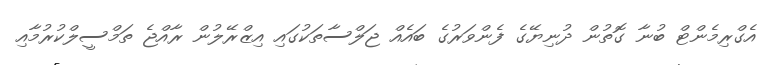
އެގްރިމެންޓް ބުނާ ގޮތުން ދުނިޔޭގެ ފެންވަރުގެ ބައެއް ޖަލްސާތަކުގައި އިޒްރޭލުން ރާއްޖެ ތަމްސީލްކުރުމާއި